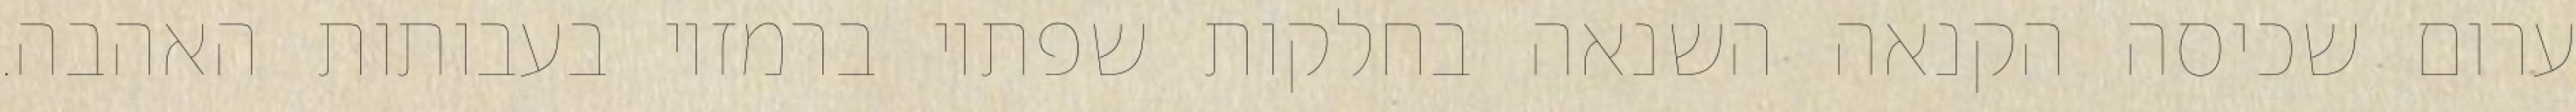
ערום שכיסה הקנאה השנאה בחלקות שפתיו ברמזיו בעבותות האהבה.